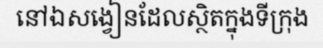
នៅឯសង្វៀនដែលស្ថិតក្នុងទីក្រុង